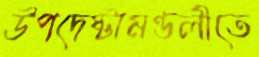
উপদেষ্টামণ্ডলীতে